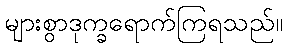
များစွာဒုက္ခရောက်ကြရသည်။